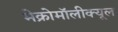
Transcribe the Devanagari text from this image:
मेक्रोमॉलीक्यूल